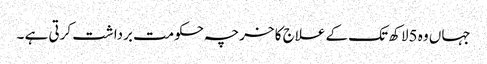
جہاں وہ 5لاکھ تک کے علاج کا خرچہ حکومت برداشت کرتی ہے ۔